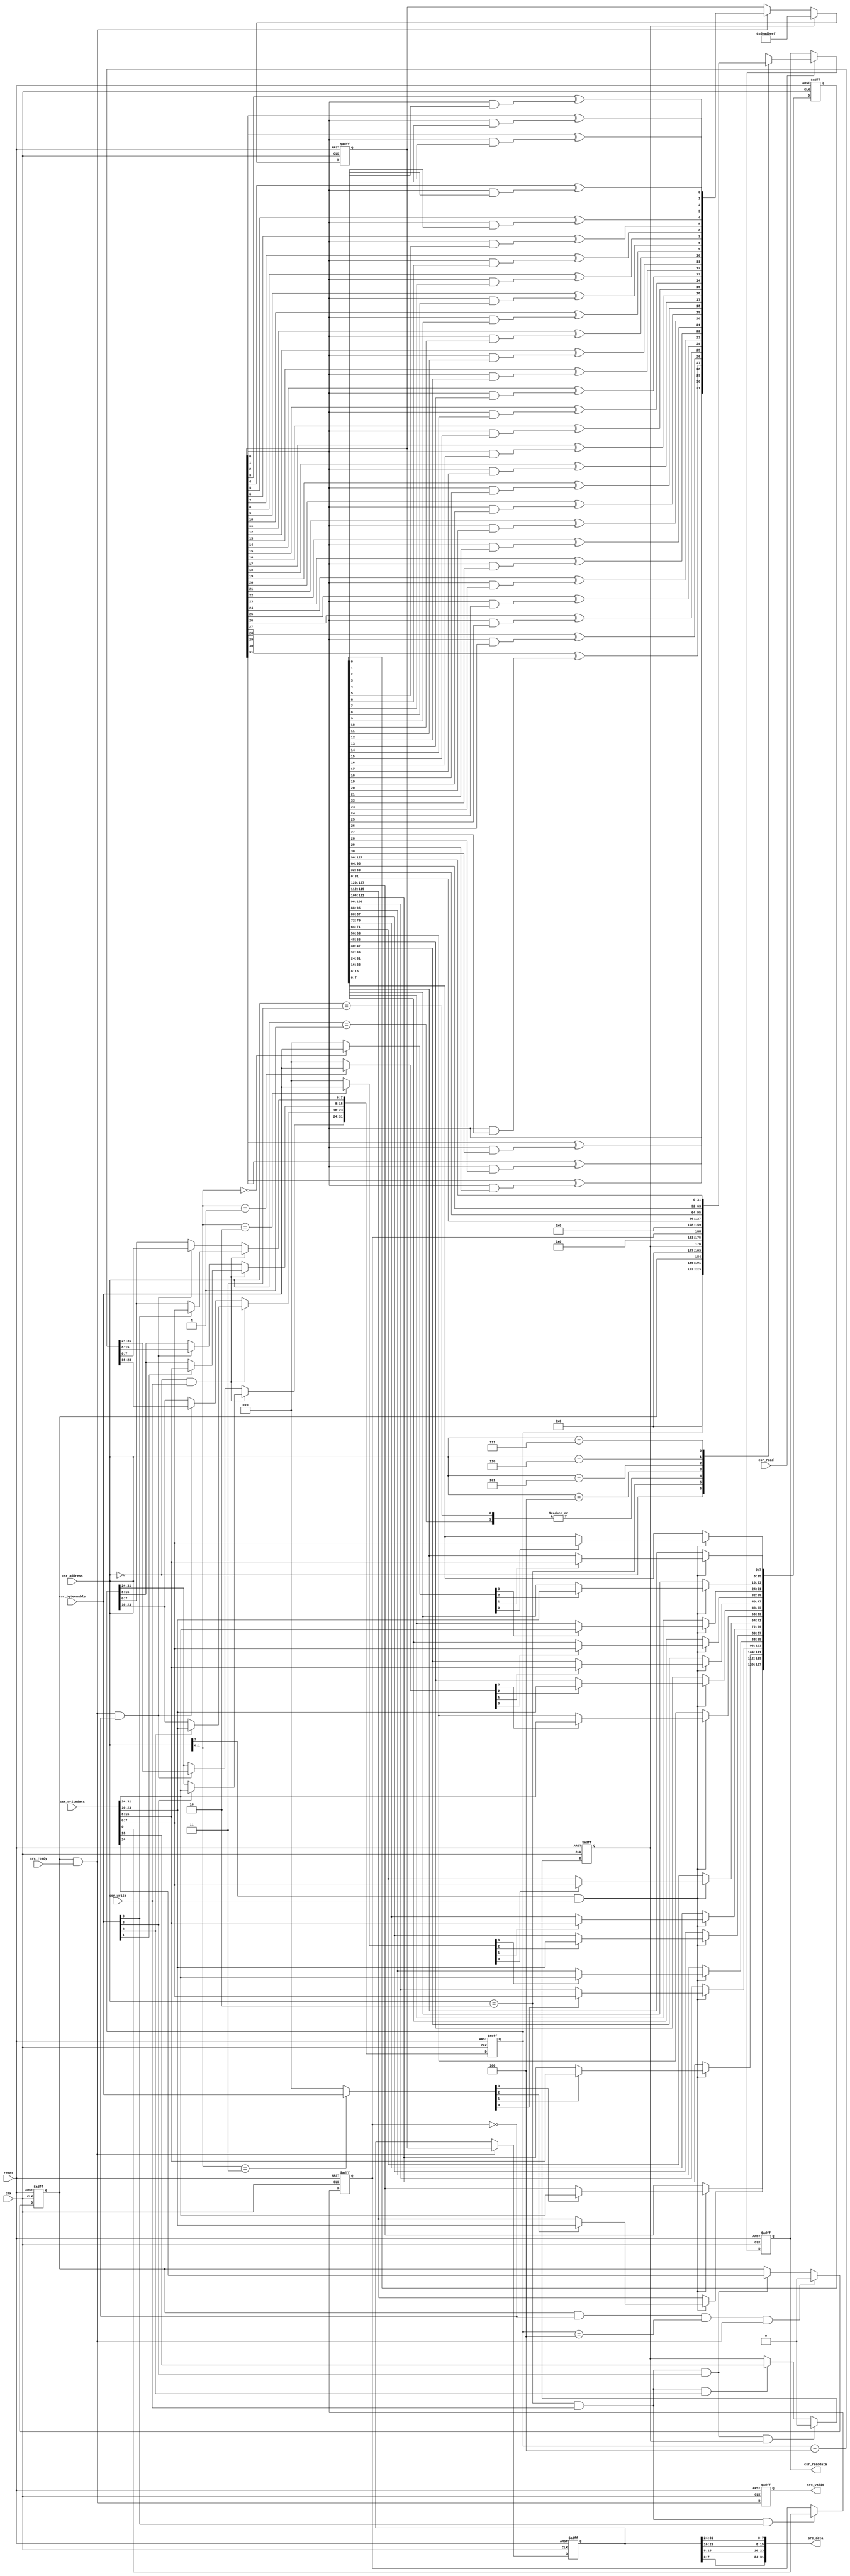
/*
  Legal Notice: (C)2010 Altera Corporation. All rights reserved.  Your
  use of Altera Corporation's design tools, logic functions and other
  software and tools, and its AMPP partner logic functions, and any
  output files any of the foregoing (including device programming or
  simulation files), and any associated documentation or information are
  expressly subject to the terms and conditions of the Altera Program
  License Subscription Agreement or other applicable license agreement,
  including, without limitation, that your use is for the sole purpose
  of programming logic devices manufactured by Altera and sold by Altera
  or its authorized distributors.  Please refer to the applicable
  agreement for further details.
*/


/*

PRBS generator core

Author:  JCJB
Date:    04/21/2010

Description:  This component is generates various PRBS patterns based on the data width chosen or a custom polynomial of your choosing.  When the host
              writes to the start bit of the CSR slave port the component will begin to send the contents from the PRBS pipeline to the data streaming
              port.  You should use the prbs checker component with this component.
              
              The following polynomials are used by default, you may overwrite them by writing the PRBS Polynomial at run time.  The following polynomials
              are used:
              
              Data width = 16 bits  --> PRBS-16 (taps [16, 14, 13, 11])
              Data width = 32 bits  --> PRBS-32 (taps [32, 30, 26, 25])
              Data width = 64 bits  --> PRBS-64 (taps [64, 63, 61, 60])
              Data width = 128 bits --> PRBS-128 (taps [128, 127, 126, 121])
              
              The PRBS polynomials do not include the implied '1' so if you provide your own custom polynomial do not program the implied '1'.  For example
              the PRBS-128 polynomial of x^128 + x^127 + x^126 + x^121 + 1 programs bits 127, 126, 125, and 120 high and the rest are low.  The generator
              is seeded a hardcoded value based on the data width.

Register map:

|-------------------------------------------------------------------------------------------------------------------------------------------------------|
|  Address   |   Access Type   |                                                            Bits                                                        |
|            |                 |------------------------------------------------------------------------------------------------------------------------|
|            |                 |            31..24            |            23..16            |            15..8            |            7..0            |
|-------------------------------------------------------------------------------------------------------------------------------------------------------|
|     0      |       r/w       |                                                       Payload Length                                                   |
|     4      |       N/A       |                                                            N/A                                                         |
|     8      |       r/w       |                           Run                 Seed Generator                                   Infinite Payload Length |
|     12     |       N/A       |                                                            N/A                                                         |
|     16     |       r/w       |                                                   PRBS Polynomial [31..0]                                              |
|     20     |       r/w       |                                                   PRBS Polynomial [63..32]                                             |
|     24     |       r/w       |                                                   PRBS Polynomial [95..64]                                             |
|     28     |       r/w       |                                                   PRBS Polynomial [127..96]                                            |
|-------------------------------------------------------------------------------------------------------------------------------------------------------|


Address 0  --> Bits 31:0 are used store the payload length as well as read it back while the checker core is operating.  This field should only be written to while
               the checker is stopped.
Address 4  --> <reserved>
Address 8  --> Bit 0 is used tell the checker to ignore the payload length field and generate the pattern until stopped.  The seed generator should be set any time you
               want to start the generator from its original position.  The run field must be accessed at the same time as the other bits or later.
Address 12 --> <reserved>
Address 16 --> PRBS polynomial bits 31-0 (does not include the implied '1' in the polynomial)
Address 20 --> PRBS polynomial bits 63-32
Address 24 --> PRBS polynomial bits 95-64
Address 28 --> PRBS polynomial bits 127-96

*/


// synthesis translate_off
`timescale 1ns / 1ps
// synthesis translate_on

// turn off superfluous verilog processor warnings 
// altera message_level Level1 
// altera message_off 10230


module mtm_prbs_pattern_generator (
  clk,
  reset,

  csr_address,
  csr_writedata,
  csr_write,
  csr_readdata,
  csr_read,
  csr_byteenable,

  src_data,
  src_valid,
  src_ready
);


  parameter DATA_WIDTH = 32;          // must be 16, 32, 64, or 128


  localparam NUM_OF_SYMBOLS = DATA_WIDTH / 8;
  localparam POLYNOMIAL_RESET_VALUE = (DATA_WIDTH == 16)? 16'hB400 :                                                    // taps [16, 14, 13, 11]
                                      (DATA_WIDTH == 32)? 32'hA300_0000 :                                                // taps [32, 30, 26, 25]
                                      (DATA_WIDTH == 64)? 64'hD800_0000_0000_0000 : 128'hE100_0000_0000_0000_0000_0000_0000_0000; // taps [64, 63, 61, 60] : taps [128, 127, 126, 121]
  localparam SEED_VALUE = (DATA_WIDTH == 16)? 16'hFACE:
                          (DATA_WIDTH == 32)? 32'hDEAD_BEEF:
                          (DATA_WIDTH == 64)? 64'hFEED_ABBA_BABE_BEEF : 128'hCA11_DEAF_ABBA_BABE_B01D_5CA1_AB1E_FACE;

  input clk;
  input reset;

  input [2:0] csr_address;
  input [31:0] csr_writedata;
  input csr_write;
  output wire [31:0] csr_readdata;
  input csr_read;
  input [3:0] csr_byteenable;

  output wire [DATA_WIDTH-1:0] src_data;
  output wire src_valid;
  input src_ready;

  // interal registers and wires
  reg [31:0] payload_length_counter;
  wire load_payload_length_counter;
  wire [3:0] load_payload_length_counter_lanes;
  reg infinite_payload_length;
  wire load_infinite_payload_length;
  reg seed_generator;
  wire load_seed_generator;
  wire clear_seed_generator;
  reg start;
  wire load_start;
  wire clear_start;
  reg [127:0] polynomial;
  wire load_polynomial;
  wire [15:0] load_polynomial_lanes;
  reg [DATA_WIDTH-1:0] pipeline;
  reg [DATA_WIDTH-1:0] pipeline_d1;
  wire [DATA_WIDTH-1:0] pipeline_input;
  wire pipeline_enable;
  reg pipeline_enable_d1;
  reg [31:0] readback_mux;
  reg [31:0] readback_mux_d1;
  wire decrement_payload_length_counter;



  always @ (posedge clk or posedge reset)
  begin
    if (reset == 1)
    begin
      start <= 0;
    end
    else
    begin
      if (clear_start == 1)
      begin
        start <= 0;
      end
      else if (load_start == 1)
      begin
        start <= csr_writedata[24];
      end
    end
  end


  always @ (posedge clk or posedge reset)
  begin
    if (reset == 1)
    begin
      seed_generator <= 0;
    end
    else
    begin
      if (clear_seed_generator == 1)
      begin
        seed_generator <= 0;
      end
      else if (load_seed_generator == 1)
      begin
        seed_generator <= csr_writedata[16];
      end
    end
  end


  always @ (posedge clk or posedge reset)
  begin
    if (reset == 1)
    begin
      payload_length_counter <= 0;
    end
    else 
    begin
      if (load_payload_length_counter == 1)
      begin
        if (load_payload_length_counter_lanes[0] == 1)
        begin
          payload_length_counter[7:0] <= csr_writedata[7:0];
        end
        if (load_payload_length_counter_lanes[1] == 1)
        begin
          payload_length_counter[15:8] <= csr_writedata[15:8];
        end
        if (load_payload_length_counter_lanes[2] == 1)
        begin
          payload_length_counter[23:16] <= csr_writedata[23:16];
        end
        if (load_payload_length_counter_lanes[3] == 1)
        begin
          payload_length_counter[31:24] <= csr_writedata[31:24];
        end
      end
      else if (decrement_payload_length_counter == 1)
      begin
        payload_length_counter <= payload_length_counter - NUM_OF_SYMBOLS;
      end
    end
  end


  always @ (posedge clk or posedge reset)
  begin
    if (reset == 1)
    begin
      infinite_payload_length <= 0;
    end
    else if (load_infinite_payload_length == 1)
    begin
      infinite_payload_length <= csr_writedata[0];
    end
  end


  always @ (posedge clk or posedge reset)
  begin
    if (reset == 1)
    begin
      polynomial <= POLYNOMIAL_RESET_VALUE;
    end
    else if (load_polynomial == 1)
    begin
      if (load_polynomial_lanes[0] == 1)
      begin
        polynomial[7:0] <= csr_writedata[7:0];
      end
      if (load_polynomial_lanes[1] == 1)
      begin
        polynomial[15:8] <= csr_writedata[15:8];
      end
      if (load_polynomial_lanes[2] == 1)
      begin
        polynomial[23:16] <= csr_writedata[23:16];
      end
      if (load_polynomial_lanes[3] == 1)
      begin
        polynomial[31:24] <= csr_writedata[31:24];
      end

      if (load_polynomial_lanes[4] == 1)
      begin
        polynomial[39:32] <= csr_writedata[7:0];
      end
      if (load_polynomial_lanes[5] == 1)
      begin
        polynomial[47:40] <= csr_writedata[15:8];
      end
      if (load_polynomial_lanes[6] == 1)
      begin
        polynomial[55:48] <= csr_writedata[23:16];
      end
      if (load_polynomial_lanes[7] == 1)
      begin
        polynomial[63:56] <= csr_writedata[31:24];
      end

      if (load_polynomial_lanes[8] == 1)
      begin
        polynomial[71:64] <= csr_writedata[7:0];
      end
      if (load_polynomial_lanes[9] == 1)
      begin
        polynomial[79:72] <= csr_writedata[15:8];
      end
      if (load_polynomial_lanes[10] == 1)
      begin
        polynomial[87:80] <= csr_writedata[23:16];
      end
      if (load_polynomial_lanes[11] == 1)
      begin
        polynomial[95:88] <= csr_writedata[31:24];
      end

      if (load_polynomial_lanes[12] == 1)
      begin
        polynomial[103:96] <= csr_writedata[7:0];
      end
      if (load_polynomial_lanes[13] == 1)
      begin
        polynomial[111:104] <= csr_writedata[15:8];
      end
      if (load_polynomial_lanes[14] == 1)
      begin
        polynomial[119:112] <= csr_writedata[23:16];
      end
      if (load_polynomial_lanes[15] == 1)
      begin
        polynomial[127:120] <= csr_writedata[31:24];
      end
    end
  end


  always @ (posedge clk or posedge reset)
  begin
    if (reset == 1)
    begin
      pipeline <= SEED_VALUE;
    end
    else
    begin
      if (seed_generator == 1)
      begin
        pipeline <= SEED_VALUE;
      end
      else if (pipeline_enable == 1)
      begin
        pipeline <= pipeline_input;
      end
    end
  end


  always @ (posedge clk or posedge reset)
  begin
    if (reset == 1)
    begin
      pipeline_d1 <= 0;
    end
    else if (pipeline_enable == 1)
    begin
      pipeline_d1 <= pipeline;
    end
  end


  always @ (posedge clk or posedge reset)
  begin
    if (reset == 1)
    begin
      pipeline_enable_d1 <= 0;
    end
    else
    begin
      pipeline_enable_d1 <= pipeline_enable;
    end
  end


  always @ (posedge clk or posedge reset)
  begin
    if (reset == 1)
    begin
      readback_mux_d1 <= 0;
    end
    else if (csr_read == 1)
    begin
      readback_mux_d1 <= readback_mux;
    end
  end



  always @ (csr_address or payload_length_counter or polynomial or infinite_payload_length or start or seed_generator)
  begin
    case (csr_address)
      3'b000: readback_mux = payload_length_counter;
      3'b001: readback_mux = {32{1'b0}};
      3'b010: readback_mux = {{7{1'b0}}, start, {7{1'b0}}, seed_generator, {15{1'b0}}, infinite_payload_length};
      3'b011: readback_mux = {32{1'b0}};
      3'b100: readback_mux = polynomial[31:0];
      3'b101: readback_mux = polynomial[63:32];
      3'b110: readback_mux = polynomial[95:64];
      3'b111: readback_mux = polynomial[127:96];
    endcase
  end


// LSFR input data for all the pipeline stages
genvar d;
generate
  for (d = 0; d < (DATA_WIDTH-1); d = d + 1)  // highest order pipeline input will be generated independent of this loop 
  begin: pipeline_taps
    assign pipeline_input[d] = pipeline[d+1] ^ (pipeline[0] & polynomial[d]);
  end
endgenerate
  assign pipeline_input[DATA_WIDTH-1] = pipeline[0];


genvar i;
generate
  for (i = 0; i < NUM_OF_SYMBOLS; i = i + 1)
  begin : byte_reversal
    assign src_data[((8*(i+1))-1):(8*i)] = pipeline_d1[((8*((NUM_OF_SYMBOLS-1-i)+1))-1):(8*(NUM_OF_SYMBOLS-1-i))];
  end
endgenerate



  assign load_payload_length_counter = (csr_address == 0) & (csr_write == 1);
  assign load_payload_length_counter_lanes = csr_byteenable;

  assign load_infinite_payload_length = (csr_address == 2) & (csr_write == 1) & (csr_byteenable[0] == 1);
  assign load_start = (csr_address == 2) & (csr_write == 1) & (csr_byteenable[3] == 1);

  assign load_seed_generator = (csr_address == 2) & (csr_write == 1) & (csr_byteenable[2] == 1);
  assign clear_seed_generator = (load_start == 1) & (seed_generator == 1);

  assign load_polynomial = (csr_address[2] == 1) & (csr_write == 1);
  assign load_polynomial_lanes[3:0] = (csr_address[1:0] == 0)? csr_byteenable : 0;
  assign load_polynomial_lanes[7:4] = (csr_address[1:0] == 1)? csr_byteenable : 0;
  assign load_polynomial_lanes[11:8] = (csr_address[1:0] == 2)? csr_byteenable : 0;
  assign load_polynomial_lanes[15:12] = (csr_address[1:0] == 3)? csr_byteenable : 0;

  assign pipeline_enable = (start == 1) & (src_ready == 1);
  assign decrement_payload_length_counter = (start == 1) & (src_ready == 1) & (infinite_payload_length == 0);
  assign clear_start = (start == 1) & (infinite_payload_length == 0) & (payload_length_counter == NUM_OF_SYMBOLS) & (pipeline_enable == 1);
  assign src_valid = (pipeline_enable_d1 == 1);

  assign csr_readdata = readback_mux_d1;


endmodule